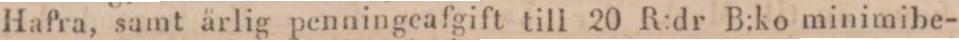
Hafra, samt årlig penningeafgift till 20 R:dr B:ko minimibe-